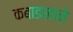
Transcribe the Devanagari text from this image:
कबाडखाने